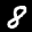
Label: 8